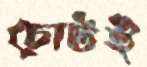
চোটই